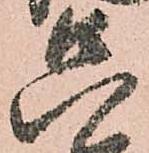
只